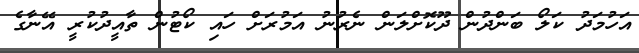
އަހުމަދު ކަލޯ ބަންދުން ދޫކޮށްލަން ނެރުނު އަމުރަށް ހައި ކޯޓުން ތާއީދުކުރީ އޭނާގެ